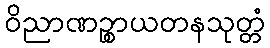
ဝိညာဏဉ္စာယတနသုတ္တံ